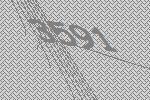
3591